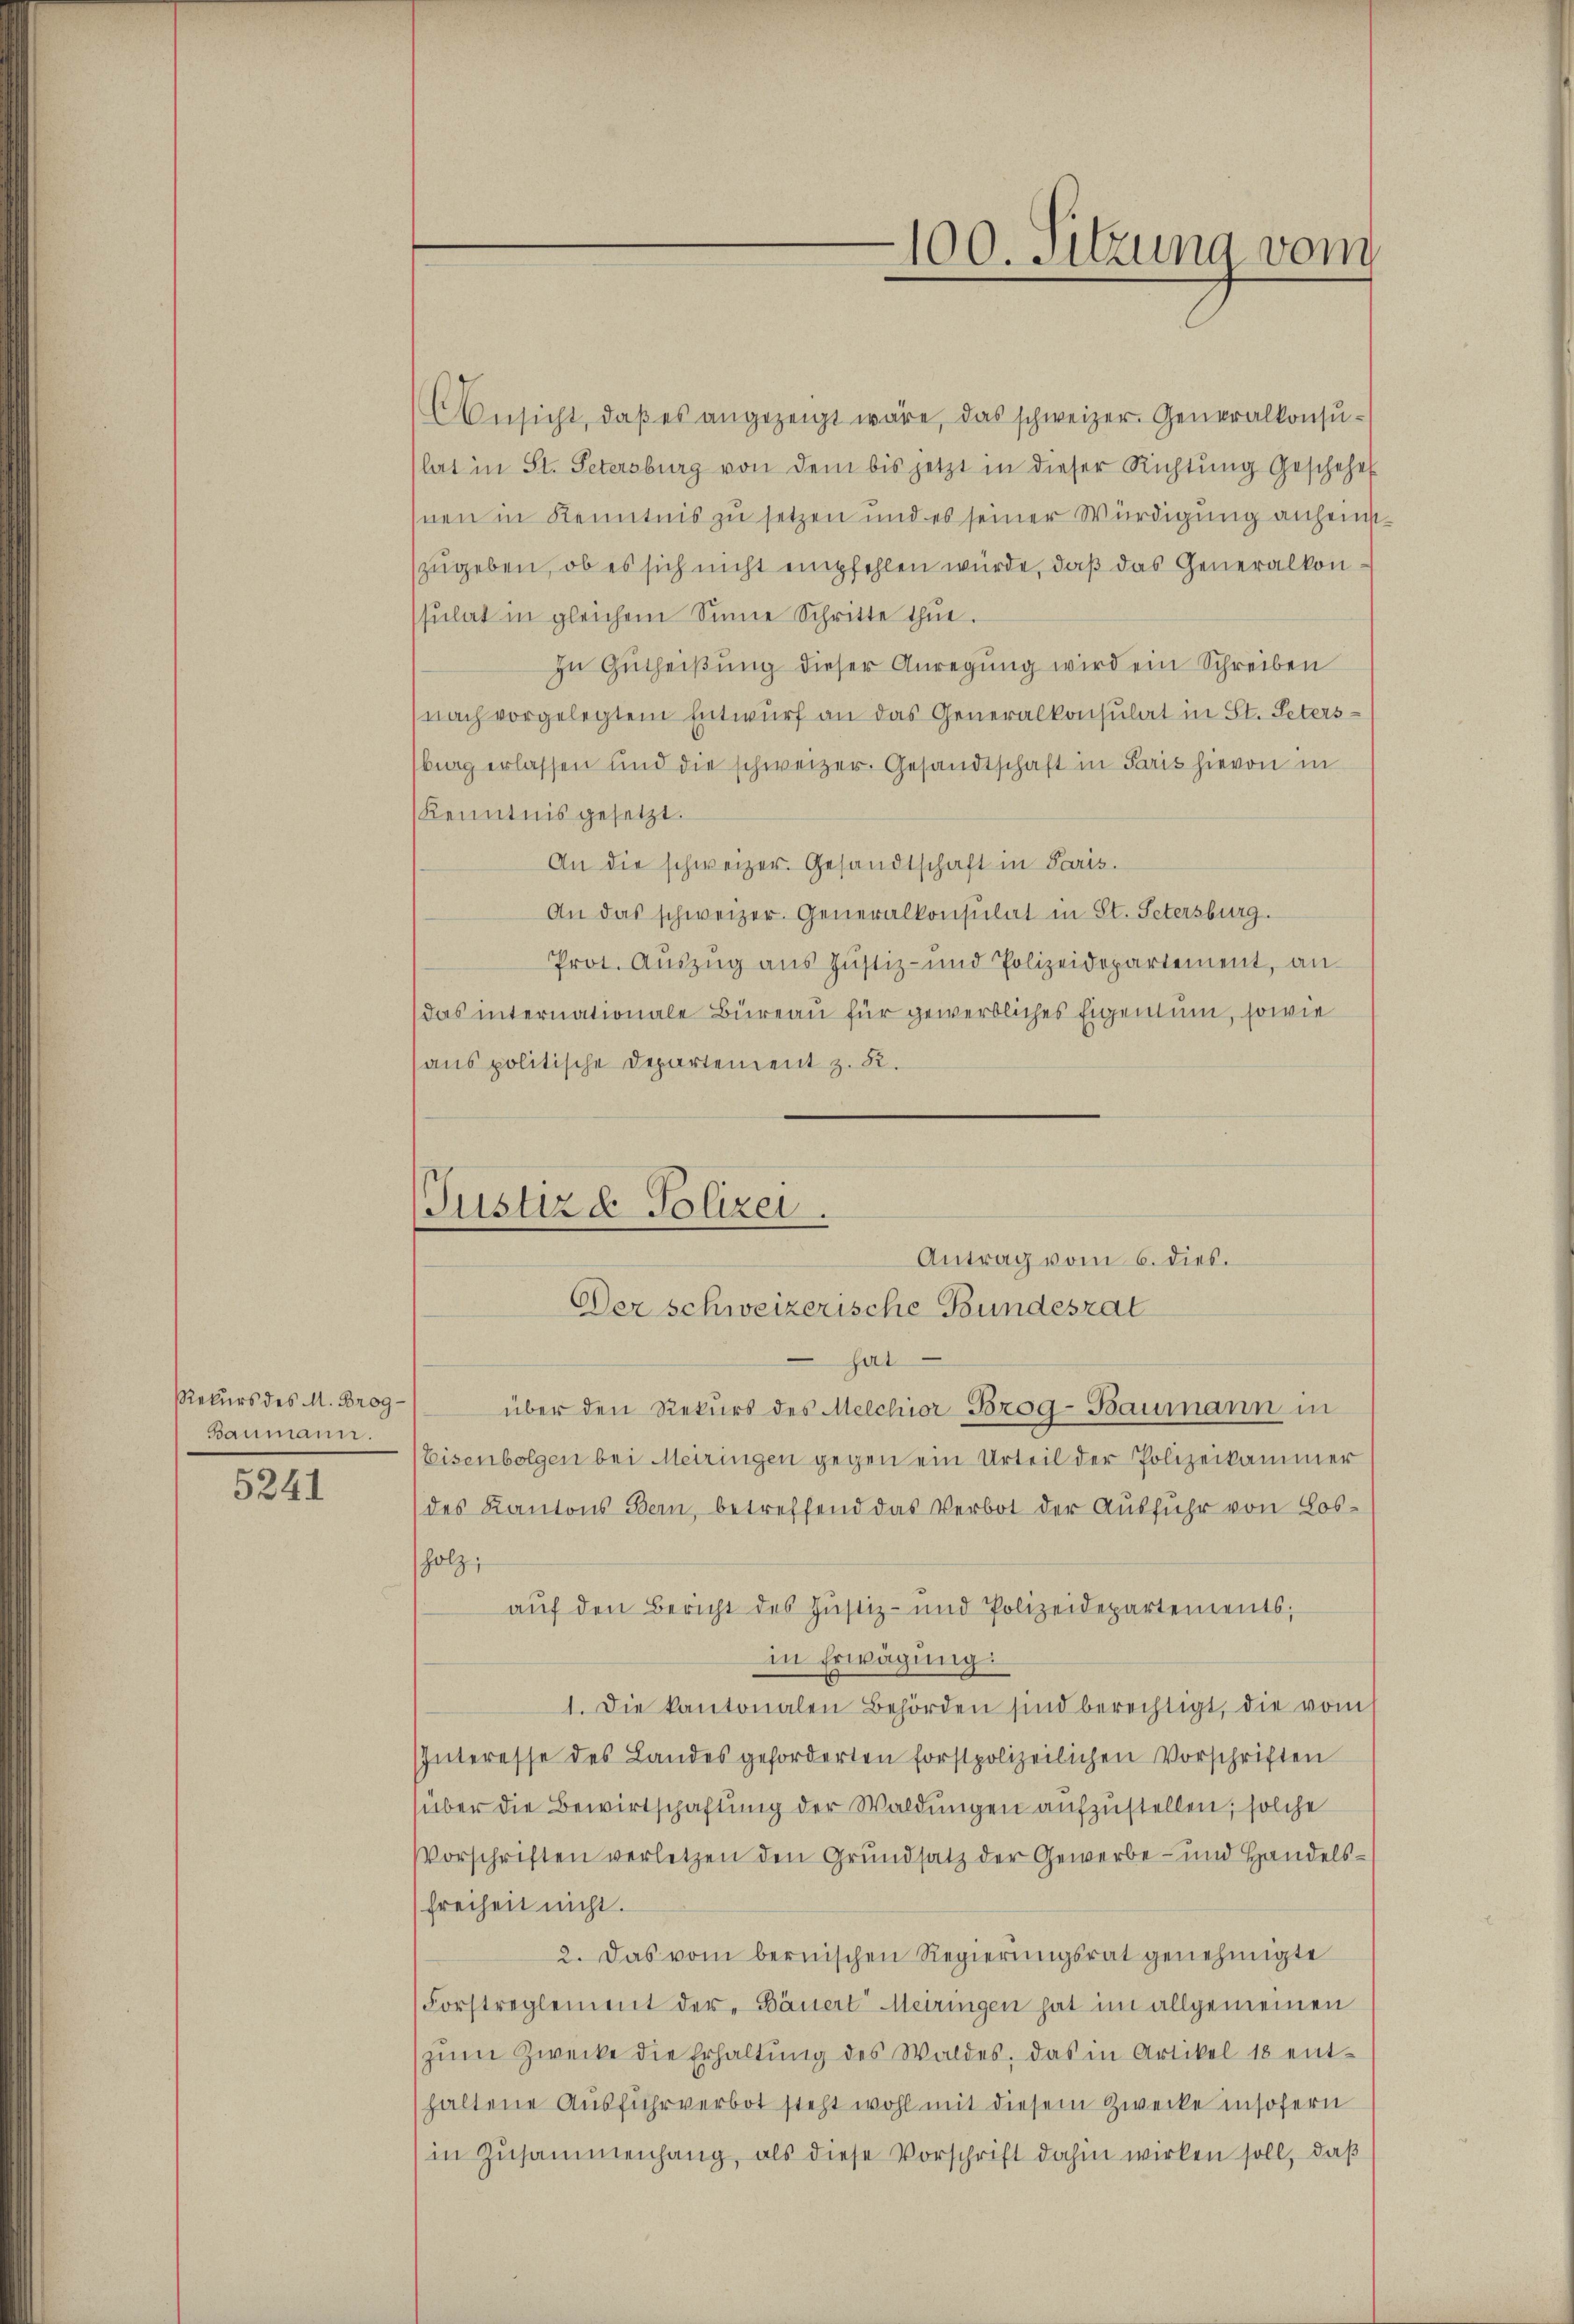
Rekurs des M. Brog¬
Baumann.

5241

AAnsicht, daß es angezeigt wäre, das schweizer. Generalkonsulat in St. Petersburg von dem bis jetzt in dieser Richtŭng Geschehe
hnen in Kenntnis zu setzen und es seiner Würdigung anheimzŭgeben, ob es sich nicht empfehlen würde, daß das Generalkonssŭlat in gleichem Sinne Schritte thue.
In Gutheißung dieser Anregung wird ein Schreiben
nach vorgelegtem Entwurf an das Generalkonsulat in St. Petersbrag erlassen und die schweizer. Gesandtschaft in Paris hievon in
Kenntnis gesetzt.
An die schweizer. Gesandtschaft in Paris.
An das schweizer. Generalkonsulat in St. Petersburg.
Prot. Aŭszŭg aŭs Justiz- und Polizeidepartement, an-
das internationale Büreau für gewerbliches Eigentum, sowie
aus politische Departement z. R.

hat
über den Rekurs des Melchior Brog-Baumann in
Eisenbolgen bei Meiringen gegen ein Urteil der Polizeikammer
des Kantons Bern, betreffend das Verbot der Ausfuhr von Losholz,
aŭf den Bericht des Justiz- und Polizeidepartements;
in Erwägung:
1. Die kantonalen Behörden sind berechtigt, die vom
Interesse des Landes geforderten forstpolizeilichen Vorschriften
(über die Bewirtschaftung der Waldungen aufzustellen; solche
Vorschriften verletzen den Grŭndsatz der Gewerbe- und Handels-
Freiheit nicht.
2. Das vom bernischen Regierŭngsrat genehmigte
Forstreglement der Bäuert Meiringen hat im allgemeinen
zŭm Zwecke die Erhaltŭng des Waldes, das in Artikel 18 ent-
haltene Ausführverbot steht wohl mit diesem Zwecke insofern
in Zusammenhang, als diese Vorschrift dahin wirken soll, daβ

Justiz & Polizei.
Antrag vom 6. dies.
Der schweizerische Bundesrat

100. Sitzung vom
I